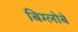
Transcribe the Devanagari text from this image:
बिग्लोबे